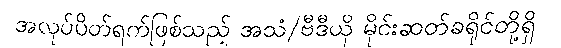
အလုပ်ပိတ်ရက်ဖြစ်သည့် အသံ/ဗီဒီယို မိုင်းဆတ်ခရိုင်တို့ရှိ